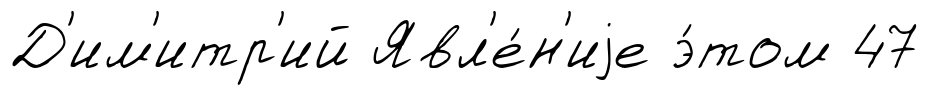
Д'им'итр'ий Явл'е́н'иjе э́том 47